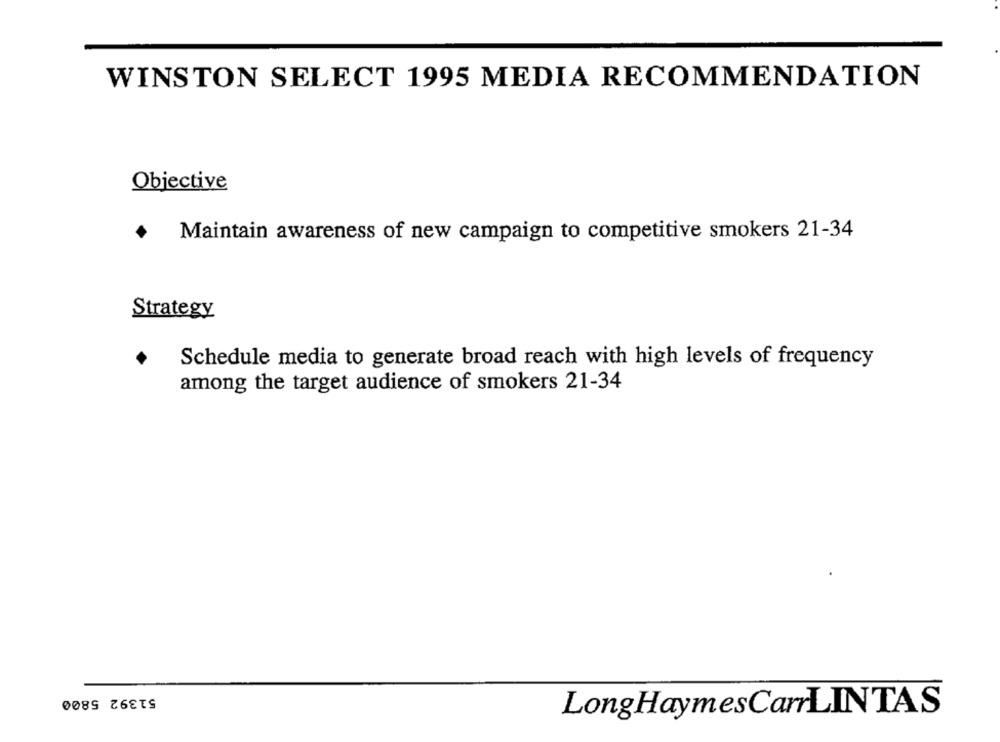
WINSTON SELECT 1995 MEDIA RECOMMENDATION
Objective
Maintain awareness of new campaign to competitive smokers 21-34
Strategy
Schedule media to generate broad reach with high levels of frequency
among the target audience of smokers 21-34
51392 5800
LongHaymesCarrLINTAS